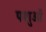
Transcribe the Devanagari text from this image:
पशुओँ